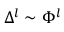
\Delta ^ { l } \sim \Phi ^ { l }